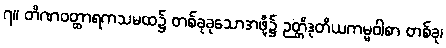
၇။ တိဏဝတ္ထာရကသမထ၌ တစ်ခုခုသောအဖို့၌ ဉတ္တိဒုတိယကမ္မဝါစာ တစ်ခု၊